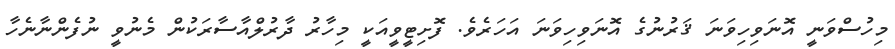
މިހުސްވަނީ އޮނަވިހިވަނަ ޤަރުނުގެ އޮނަވިހިވަނަ އަހަރެވެ. ފޮށިޓީވީއަކީ މިހާރު ދާރުލްއާސާރަކުން މެނުވީ ނުފެންނާނެހާ